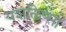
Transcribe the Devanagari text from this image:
यशलिप्सा